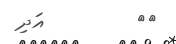
١٨         އަދި